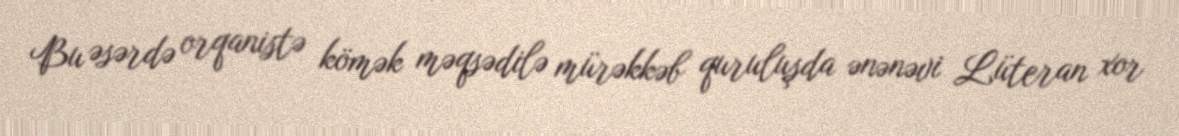
Bu əsərdə orqanistə kömək məqsədilə mürəkkəb quruluşda ənənəvi Lüteran xor